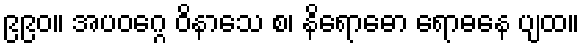
၉၉၀။ အပဝဂ္ဂေ ဝိနာသေ စ၊ နိရောဓော ရောဓနေ ပျထ။